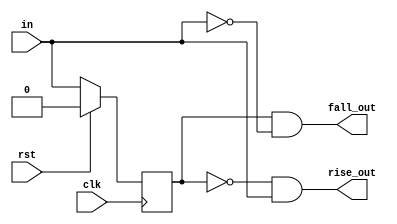
module edge_detect(
    input clk,
    input rst,
    input in,
    output rise_out,  //single-shot output
    output fall_out); //single-shot output

reg in_reg;

//one pipeline reg for the input signal
always@(posedge clk)begin
   if(rst)begin
      in_reg <= 1'b0;
   end else begin
      in_reg <= in;
   end
end

//detect the rising edge
assign rise_out = ~in_reg & in; 

//detect the falling edge
assign fall_out = in_reg & ~in; 

endmodule